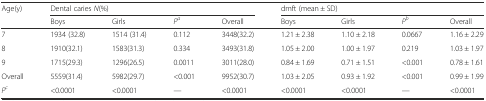
| <ROWSPAN=2> Age(y) | <COLSPAN=4> Dental caries N(%) | <COLSPAN=4> dmft (mean ± SD) |
 | Boys | Girls | Pa | Overall | Boys | Girls | Pb | Overall |
 | --- | --- | --- | --- | --- | --- | --- | --- | --- |
 | 7 | 1934 (32.8) | 1514 (31.4) | 0.112 | 3448(32.2) | 1.21 ± 2.38 | 1.10 ± 2.18 | 0.0667 | 1.16 ± 2.29 |
 | 8 | 1910(32.1) | 1583(31.3) | 0.334 | 3493(31.8) | 1.05 ± 2.00 | 1.00 ± 1.97 | 0.219 | 1.03 ± 1.97 |
 | 9 | 1715(29.3) | 1296(26.5) | 0.0011 | 3011(28.0) | 0.84 ± 1.69 | 0.71 ± 1.51 | <0.001 | 0.78 ± 1.61 |
 | Overall | 5559(31.4) | 5982(29.7) | <0.001 | 9952(30.7) | 1.03 ± 2.05 | 0.93 ± 1.92 | <0.001 | 0.99 ± 1.99 |
 | Pc | <0.0001 | <0.0001 | — | <0.0001 | <0.0001 | <0.0001 | — | <0.0001 |